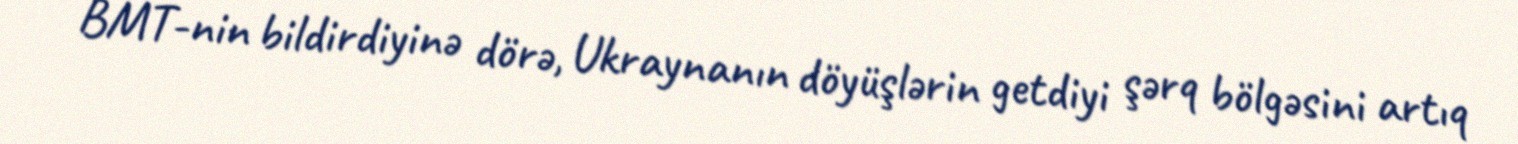
BMT-nin bildirdiyinə dörə, Ukraynanın döyüşlərin getdiyi şərq bölgəsini artıq